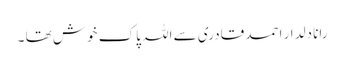
رانا دلدار احمد قادری سے اللہ‎ پاک خوش تھا ۔